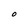
Character: O